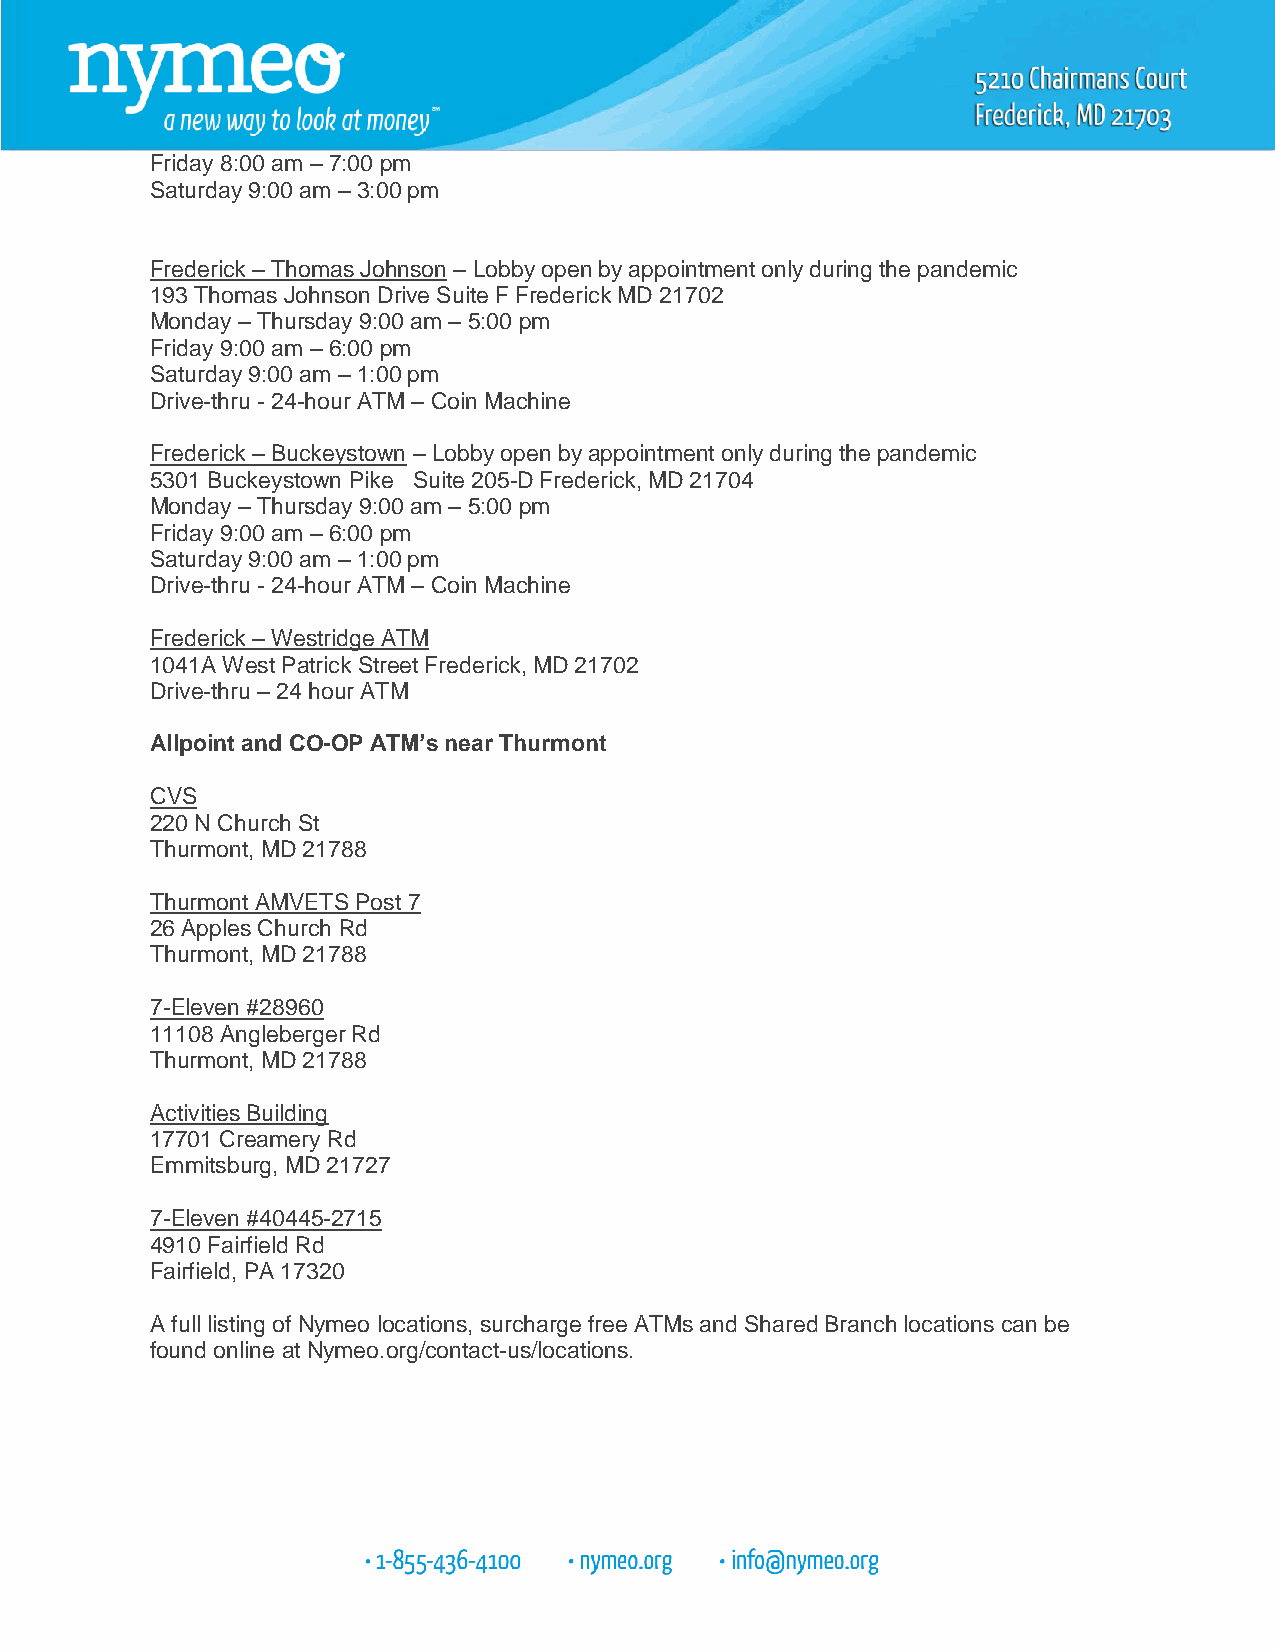
Friday 8:00 am – 7:00 pm
 Saturday 9:00 am – 3:00 pm
 Frederick – Thomas Johnson – Lobby open by appointment only during the pandemic
 193 Thomas Johnson Drive Suite F Frederick MD 21702
 Monday – Thursday 9:00 am – 5:00 pm
 Friday 9:00 am – 6:00 pm
 Saturday 9:00 am – 1:00 pm
 Drive-thru - 24-hour ATM – Coin Machine
 Frederick – Buckeystown – Lobby open by appointment only during the pandemic
 5301 Buckeystown Pike Suite 205-D Frederick, MD 21704
 Monday – Thursday 9:00 am – 5:00 pm
 Friday 9:00 am – 6:00 pm
 Saturday 9:00 am – 1:00 pm
 Drive-thru - 24-hour ATM – Coin Machine
 Frederick – Westridge ATM
 1041A West Patrick Street Frederick, MD 21702
 Drive-thru – 24 hour ATM
 Allpoint and CO-OP ATM’s near Thurmont
 CVS
 220 N Church St
 Thurmont, MD 21788
 Thurmont AMVETS Post 7
 26 Apples Church Rd
 Thurmont, MD 21788
 7-Eleven #28960
 11108 Angleberger Rd
 Thurmont, MD 21788
 Activities Building
 17701 Creamery Rd
 Emmitsburg, MD 21727
 7-Eleven #40445-2715
 4910 Fairfield Rd
 Fairfield, PA 17320
 A full listing of Nymeo locations, surcharge free ATMs and Shared Branch locations can be
 found online at Nymeo.org/contact-us/locations.